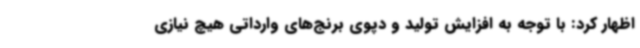
اظهار کرد: با توجه به افزایش تولید و دپوی برنج‌های وارداتی هیچ نیازی